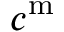
c ^ { \mathrm { m } }